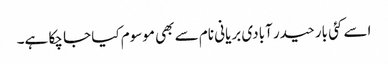
اسے کئی بار حیدر آبادی بریانی نام سے بھی موسوم کیا جا چکا ہے۔